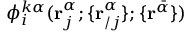
\phi _ { i } ^ { k \alpha } ( \mathbf { r } _ { j } ^ { \alpha } ; \{ \mathbf { r } _ { / j } ^ { \alpha } \} ; \{ \mathbf { r } ^ { \bar { \alpha } } \} )